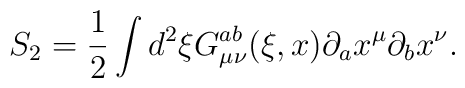
S_{2}=\frac{1}{2}\int d^{2}\xi G_{\mu \nu }^{ab}(\xi ,x)\partial _{a}x^{\mu}\partial _{b}x^{\nu }.